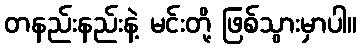
တနည်းနည်းနဲ့ မင်းတို့ ဖြစ်သွားမှာပါ။